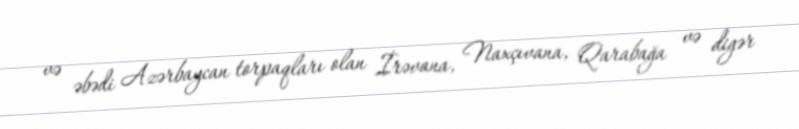
və əbədi Azərbaycan torpaqları olan İrəvana, Naxçıvana, Qarabağa və digər